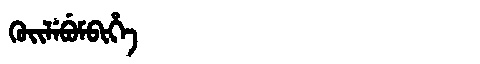
Manchu: ᡴᡠᡳᠯᡝᠪᡠᠮᠪᡳᡥᡝ
Romanization: KUILEBUMBIHE